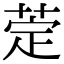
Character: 萣